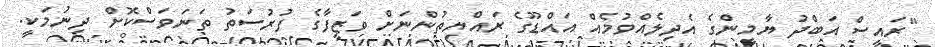
"ރައީސް އަބްދު ޔާމީންގެ އެދިލެއްވުމެއް އައްޑޫގެ ރައްޔިތުންނަށް ވަޒީފާގެ ފުރުސަތު ތަނަވަސްކޮށް ދިނުމަކީ.